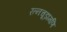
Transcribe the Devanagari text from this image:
रत्नचूड़ामणि